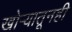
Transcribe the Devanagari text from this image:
खोर्‍यातूनही